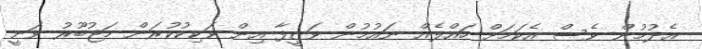
އެދުމުން ވެސް އެކަމަށް ހައްލެއް ނައުމުން ވަޒީފާ އިން ވަކިކުކުރަން މަޖުބޫރު ވަނީ